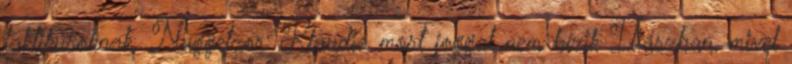
taktikusoknak. Nuggetzor: Klaudia most joggal nem bízik Iliászban, mivel